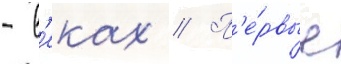
- в'еках // П'е́рвые